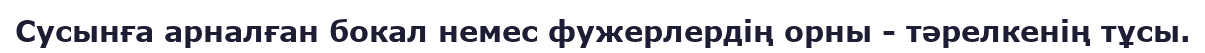
Сусынға арналған бокал немес фужерлердің орны - тәрелкенің тұсы.